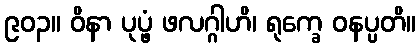
၉၀၃။ ဝိနာ ပုပ္ဖံ ဖလဂ္ဂါဟိ၊ ရုက္ခေ ဝနပ္ပတိ။